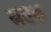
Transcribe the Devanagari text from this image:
स्नतक